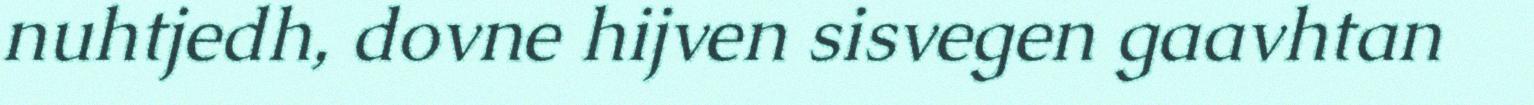
nuhtjedh, dovne hijven sisvegen gaavhtan